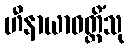
ဟီနာယာဝတ္တိံသု